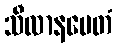
သီလာနမေတံ